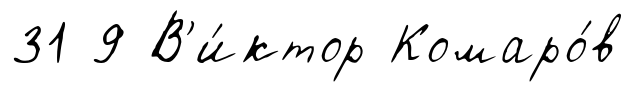
31 9 В'и́ктор Комаро́в